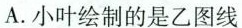
A.小叶绘制的是乙图线